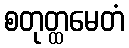
စတုတ္ထမေတံ